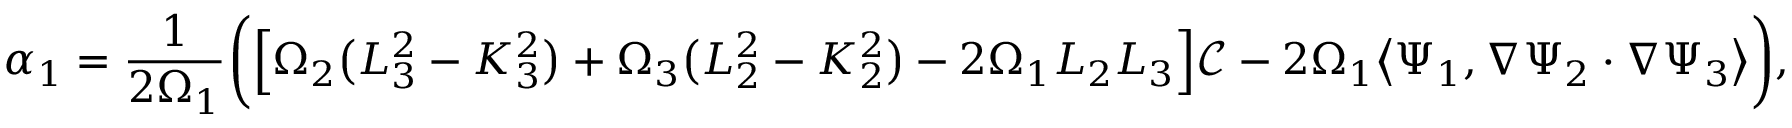
\alpha _ { 1 } = \frac { 1 } { 2 \Omega _ { 1 } } \bigg ( \Big [ \Omega _ { 2 } \big ( L _ { 3 } ^ { 2 } - K _ { 3 } ^ { 2 } \big ) + \Omega _ { 3 } \big ( L _ { 2 } ^ { 2 } - K _ { 2 } ^ { 2 } \big ) - 2 \Omega _ { 1 } L _ { 2 } L _ { 3 } \Big ] \mathscr { C } - 2 \Omega _ { 1 } \big \langle \Psi _ { 1 } , \nabla \Psi _ { 2 } \cdot \nabla \Psi _ { 3 } \big \rangle \bigg ) ,